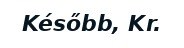
Később, Kr.